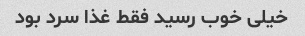
خیلی خوب رسید فقط غذا سرد بود